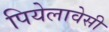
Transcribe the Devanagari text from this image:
पियेलावेसी